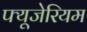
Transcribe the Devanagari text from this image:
फ्यूजेरियम